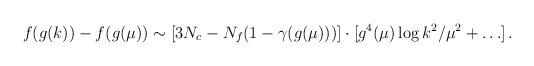
LaTeX: \begin{align*}f(g(k))-f(g(\mu))\sim[3N_c-N_f(1-\gamma(g(\mu)))]\cdot[g^4(\mu)\log k^2/\mu^2 +\ldots]\,.\end{align*}